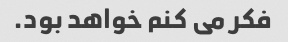
فکر می کنم خواهد بود.